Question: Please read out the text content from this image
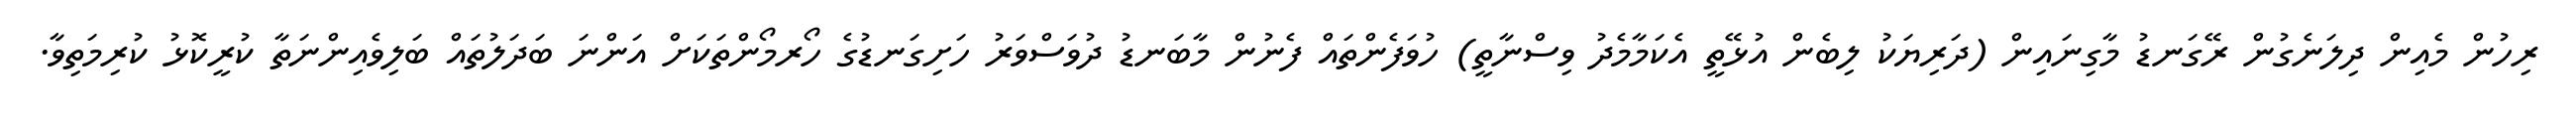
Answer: ރިހުން މެއިން ދިލަނެގުން ރޭގަނޑު މާގިނައިން (ދަރިޔަކު ލިބެން އުޅޭތީ އެކަމާމެދު ވިސްނާތީ) ހުވަފެންތައް ފެނުން މާބަނޑު ދުވަސްވަރު ހަށިގަނޑުގެ ހޯރމޯންތަކަށް އަންނަ ބަދަލުތައް ބަލިވެއިންނަތާ ކުރީކޮޅު ކުރިމަތިވާ.